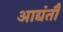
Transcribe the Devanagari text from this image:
आद्यंतौ